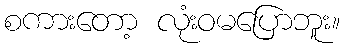
စကားတော့ လုံးဝမပြောဘူး။